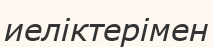
иеліктерімен